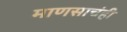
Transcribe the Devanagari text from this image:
माणसाचंही